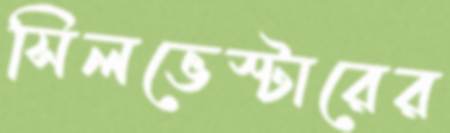
সিলভেস্টারের